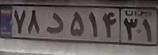
۷۸د۵۱۴۳۱